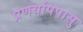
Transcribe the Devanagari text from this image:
प्रणयपिपासु